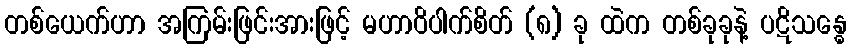
တစ်ယေက်ဟာ အကြမ်းဖြင်းအားဖြင့် မဟာဝိပါက်စိတ် (၈) ခု ထဲက တစ်ခုခုနဲ့ ပဋိသန္ဓေ